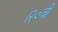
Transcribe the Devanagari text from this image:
।२०वीं